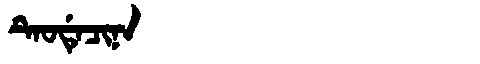
Manchu: ᡨᡝᠣᡩᡝᠴᡳᠨᠠ
Romanization: TEODECINA